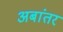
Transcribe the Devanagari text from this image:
अबांतर